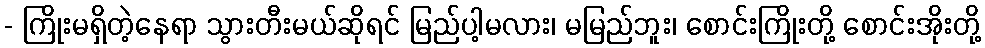
- ကြိုးမရှိတဲ့နေရာ သွားတီးမယ်ဆိုရင် မြည်ပါ့မလား၊ မမြည်ဘူး၊ စောင်းကြိုးတို့ စောင်းအိုးတို့